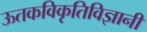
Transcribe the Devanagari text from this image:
ऊतकविकृतिविज्ञानी